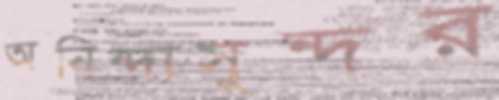
অনিন্দ্যসুন্দর